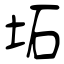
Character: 坧